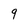
Character: 9